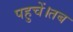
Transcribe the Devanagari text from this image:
पहुचें।तब